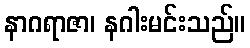
နာဂရာဇာ၊ နဂါးမင်းသည်။